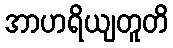
အာဟရိယျတူတိ